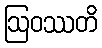
ဩဝဿတိ